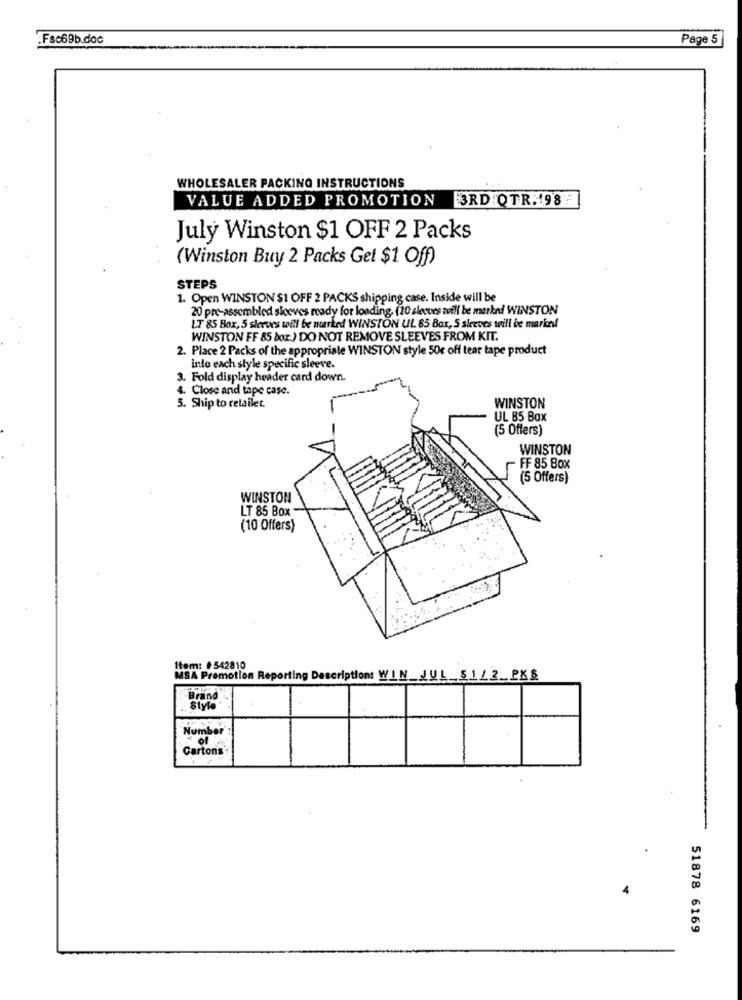
:Fsc69b.doc
Page 5
WHOLESALER PACKING INSTRUCTIONS
VALUE ADDED PROMOTION
3RD QTR. 198-
July Winston $1 OFF 2 Packs
(Winston Buy 2 Packs Get $1 Off)
STEPS
1. Open WINSTON $1 OFF 2 PACKS shipping case. Inside will be
20 pre-assembled siceves ready for loading. (10 sleeves tvill be marked WINSTON
LT 85 Box, 5 sleeves will be marked WINSTON UL 85 Bar, S sleeves will be markedl
WINSTON FF 85 bor.) DO NOT REMOVE SLEEVES FROM KIT.
2. Place 2 Packs of the appropriale WINSTON style 50c off tear tape product
into each style specific sleeve.
3. Fold display header card down.
4. Close and tape case.
5. Ship to retailer.
WINSTON
UL B5 Box
(5 Offers)
WINSTON
FF 85 Box
(5 Offers)
WINSTON
LT 85 Box
(10 Offers)
Item: # 542810
MSA Promotion Reporting Description: WIN _JUL_$1/2_PKS
Brand
Siyle
Number
Cartons
51878 6169